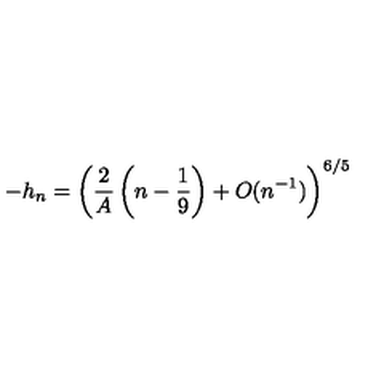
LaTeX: - h _ { n } = \left( \frac 2 A \left( n - \frac 1 9 \right) + O ( n ^ { - 1 } ) \right) ^ { 6 / 5 }